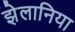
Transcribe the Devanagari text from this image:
झेलानिया